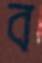
ব